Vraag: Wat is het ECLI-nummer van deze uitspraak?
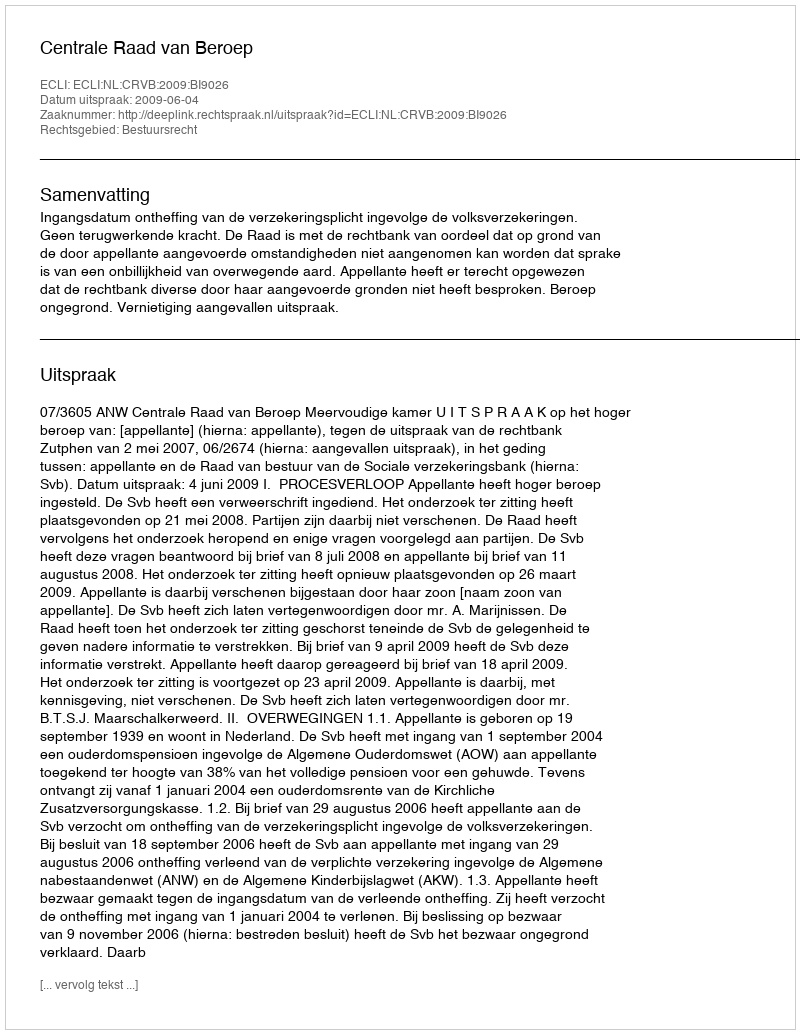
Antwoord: ECLI:NL:CRVB:2009:BI9026